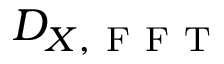
D _ { X , \mathrm { ~ F ~ F ~ T ~ } }